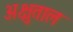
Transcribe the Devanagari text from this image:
अक्षुताल